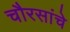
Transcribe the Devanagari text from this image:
चौरसांचे